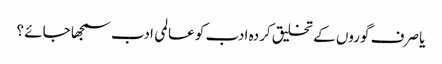
یا صرف گوروں کے تخلیق کردہ ادب کو عالمی ادب سمجھا جائے ؟